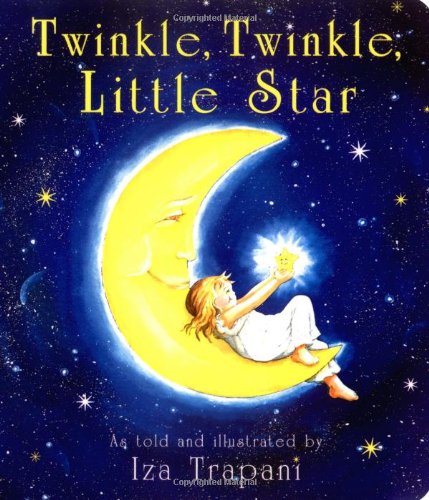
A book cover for Twinkle, Twinkle, Little Star; Iza Trapani; Children's Books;